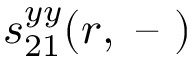
s _ { 2 1 } ^ { y y } ( r , \textrm { -- } )